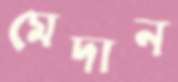
মেদান